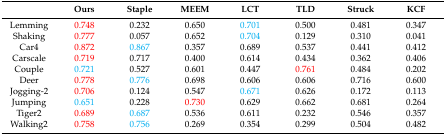
<table><thead><tr><td></td><td><b>Ours</b></td><td><b>Staple</b></td><td><b>MEEM</b></td><td><b>LCT</b></td><td><b>TLD</b></td><td><b>Struck</b></td><td><b>KCF</b></td></tr></thead><tbody><tr><td>Lemming</td><td>0.748</td><td>0.232</td><td>0.650</td><td>0.701</td><td>0.500</td><td>0.481</td><td>0.347</td></tr><tr><td>Shaking</td><td>0.777</td><td>0.057</td><td>0.652</td><td>0.704</td><td>0.129</td><td>0.310</td><td>0.041</td></tr><tr><td>Car4</td><td>0.872</td><td>0.867</td><td>0.357</td><td>0.689</td><td>0.537</td><td>0.441</td><td>0.412</td></tr><tr><td>Carscale</td><td>0.719</td><td>0.717</td><td>0.400</td><td>0.614</td><td>0.434</td><td>0.362</td><td>0.406</td></tr><tr><td>Couple</td><td>0.721</td><td>0.527</td><td>0.601</td><td>0.447</td><td>0.761</td><td>0.484</td><td>0.202</td></tr><tr><td>Deer</td><td>0.778</td><td>0.776</td><td>0.698</td><td>0.606</td><td>0.606</td><td>0.716</td><td>0.600</td></tr><tr><td>Jogging-2</td><td>0.706</td><td>0.124</td><td>0.547</td><td>0.671</td><td>0.626</td><td>0.172</td><td>0.113</td></tr><tr><td>Jumping</td><td>0.651</td><td>0.228</td><td>0.730</td><td>0.629</td><td>0.662</td><td>0.681</td><td>0.264</td></tr><tr><td>Tiger2</td><td>0.689</td><td>0.687</td><td>0.536</td><td>0.611</td><td>0.232</td><td>0.546</td><td>0.357</td></tr><tr><td>Walking2</td><td>0.758</td><td>0.756</td><td>0.269</td><td>0.354</td><td>0.299</td><td>0.504</td><td>0.482</td></tr></tbody></table>